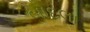
બોદલા